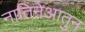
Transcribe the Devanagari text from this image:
नातिनेआतुन